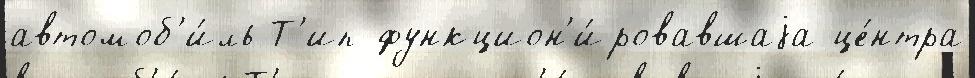
автомоб'и́ль Т'ип функцион'и́ровавшаjа це́нтра